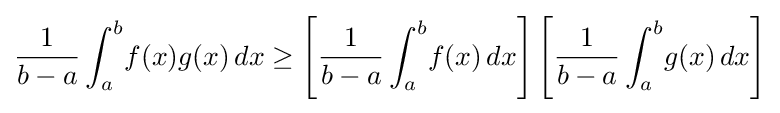
{\frac {1}{b-a}}\int _{a}^{b}\!f(x)g(x)\,dx\geq \left[{\frac {1}{b-a}}\int _{a}^{b}\!f(x)\,dx\right]\left[{\frac {1}{b-a}}\int _{a}^{b}\!g(x)\,dx\right]